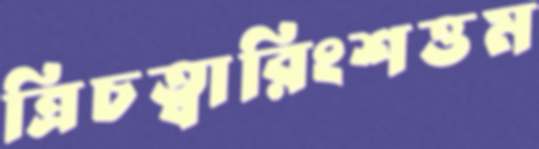
ত্রিচত্বারিংশত্তম